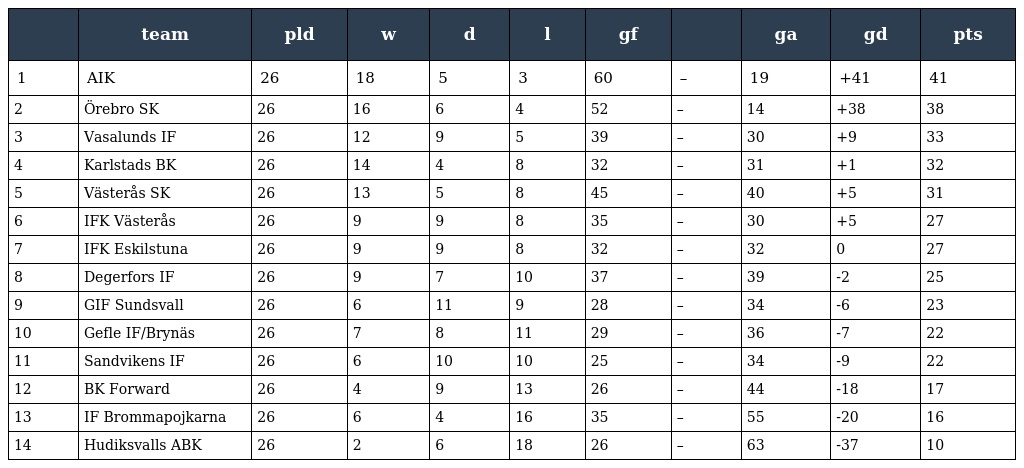
|  | team | pld | w | d | l | gf |  | ga | gd | pts |
 | --- | --- | --- | --- | --- | --- | --- | --- | --- | --- | --- |
 | 1 | AIK | 26 | 18 | 5 | 3 | 60 | – | 19 | +41 | 41 |
 | 2 | Örebro SK | 26 | 16 | 6 | 4 | 52 | – | 14 | +38 | 38 |
 | 3 | Vasalunds IF | 26 | 12 | 9 | 5 | 39 | – | 30 | +9 | 33 |
 | 4 | Karlstads BK | 26 | 14 | 4 | 8 | 32 | – | 31 | +1 | 32 |
 | 5 | Västerås SK | 26 | 13 | 5 | 8 | 45 | – | 40 | +5 | 31 |
 | 6 | IFK Västerås | 26 | 9 | 9 | 8 | 35 | – | 30 | +5 | 27 |
 | 7 | IFK Eskilstuna | 26 | 9 | 9 | 8 | 32 | – | 32 | 0 | 27 |
 | 8 | Degerfors IF | 26 | 9 | 7 | 10 | 37 | – | 39 | -2 | 25 |
 | 9 | GIF Sundsvall | 26 | 6 | 11 | 9 | 28 | – | 34 | -6 | 23 |
 | 10 | Gefle IF/Brynäs | 26 | 7 | 8 | 11 | 29 | – | 36 | -7 | 22 |
 | 11 | Sandvikens IF | 26 | 6 | 10 | 10 | 25 | – | 34 | -9 | 22 |
 | 12 | BK Forward | 26 | 4 | 9 | 13 | 26 | – | 44 | -18 | 17 |
 | 13 | IF Brommapojkarna | 26 | 6 | 4 | 16 | 35 | – | 55 | -20 | 16 |
 | 14 | Hudiksvalls ABK | 26 | 2 | 6 | 18 | 26 | – | 63 | -37 | 10 |